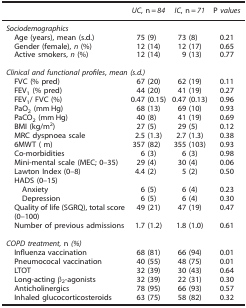
<table><thead><tr><td></td><td><b><i>UC</i>, n<i>=84</i></b></td><td><b><i>IC</i>, n<i>=71</i></b></td><td><b>P <i>values</i></b></td></tr></thead><tbody><tr><td colspan="4"><i>Sociodemographics</i></td></tr><tr><td> Age (years), mean (s.d.)</td><td>75 (9)</td><td>73 (8)</td><td>0.21</td></tr><tr><td> Gender (female), <i>n</i> (%)</td><td>12 (14)</td><td>12 (17)</td><td>0.65</td></tr><tr><td> Active smokers, <i>n</i> (%)</td><td>12 (14)</td><td>9 (13)</td><td>0.77</td></tr><tr><td colspan="4"><i>Clinical and functional profiles</i>, <i>mean (s.d.)</i></td></tr><tr><td> FVC (% pred)</td><td>67 (20)</td><td>62 (19)</td><td>0.11</td></tr><tr><td> FEV<sub>1</sub> (% pred)</td><td>44 (20)</td><td>41 (19)</td><td>0.27</td></tr><tr><td> FEV<sub>1</sub>/ FVC (%)</td><td>0.47 (0.15)</td><td>0.47 (0.13)</td><td>0.96</td></tr><tr><td> PaO<sub>2</sub> (mm Hg)</td><td>68 (13)</td><td>69 (10)</td><td>0.93</td></tr><tr><td> PaCO<sub>2</sub> (mm Hg)</td><td>40 (8)</td><td>41 (19)</td><td>0.69</td></tr><tr><td> BMI (kg/m<sup>2</sup>)</td><td>27 (5)</td><td>29 (5)</td><td>0.12</td></tr><tr><td> MRC dyspnoea scale</td><td>2.5 (1.3)</td><td>2.7 (1.3)</td><td>0.38</td></tr><tr><td> 6MWT ( m)</td><td>357 (82)</td><td>355 (103)</td><td>0.93</td></tr><tr><td> Co-morbidities</td><td>6 (3)</td><td>6 (3)</td><td>0.98</td></tr><tr><td> Mini-mental scale (MEC; 0–35)</td><td>29 (4)</td><td>30 (4)</td><td>0.06</td></tr><tr><td> Lawton Index (0–8)</td><td>4.4 (2)</td><td>5 (2)</td><td>0.50</td></tr><tr><td colspan="4"> HADS (0–15)</td></tr><tr><td>Anxiety</td><td>6 (5)</td><td>6 (4)</td><td>0.23</td></tr><tr><td>Depression</td><td>6 (5)</td><td>6 (4)</td><td>0.30</td></tr><tr><td> Quality of life (SGRQ), total score (0–100)</td><td>49 (21)</td><td>47 (19)</td><td>0.47</td></tr><tr><td> Number of previous admissions</td><td>1.7 (1.2)</td><td>1.8 (1.0)</td><td>0.61</td></tr><tr><td colspan="4"><i>COPD treatment,</i> n <i>(%)</i></td></tr><tr><td> Influenza vaccination</td><td>68 (81)</td><td>66 (94)</td><td>0.01</td></tr><tr><td> Pneumococal vaccination</td><td>40 (55)</td><td>48 (75)</td><td>0.01</td></tr><tr><td> LTOT</td><td>32 (39)</td><td>30 (43)</td><td>0.64</td></tr><tr><td> Long-acting β<sub>2</sub>-agonists</td><td>32 (39)</td><td>22 (31)</td><td>0.30</td></tr><tr><td> Anticholinergics</td><td>78 (95)</td><td>66 (93)</td><td>0.57</td></tr><tr><td> Inhaled glucocorticosteroids</td><td>63 (75)</td><td>58 (82)</td><td>0.32</td></tr></tbody></table>